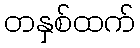
တနှစ်ထက်